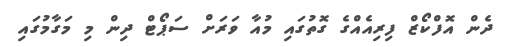
ދެން އޮފްކޯޒް ފިރިއެއްގެ ގޮތުގައި މުއާ ވަރަށް ސަޕޯޓް ދިން މި މަގާމުގައި